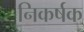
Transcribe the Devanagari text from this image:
निकर्षक